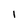
Character: 1